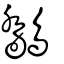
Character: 鷮